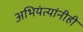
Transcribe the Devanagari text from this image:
अभियंत्यांनीही